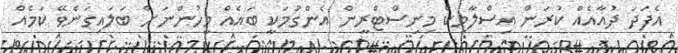
އެފަދަ ދުއާއެއް ކުރަން އިސްލާމިކް މިނިސްޓްރީން އެންގުމަކީ ބައެއް މީހުންނަށް ބަލައިގަނެވޭ ކަމެއް